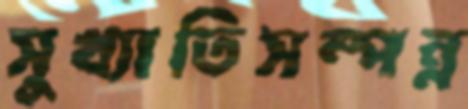
সুখ্যাতিসম্পন্ন